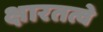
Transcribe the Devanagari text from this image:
क्षारतत्वे